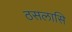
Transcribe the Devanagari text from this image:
ठसलासि